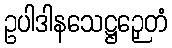
ဥပါဒါနသေဋ္ဌဉှေတံ